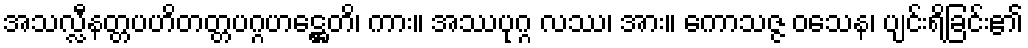
အသလ္လီနတ္တပဟိတတ္တပဂ္ဂဟဋ္ဌေတိ၊ ကား။ အဿပုဂ္ဂ လဿ၊ အား။ ကောသဇ္ဇ ဝသေန၊ ပျင်းရိခြင်း၏